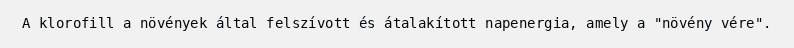
A klorofill a növények által felszívott és átalakított napenergia, amely a "növény vére".